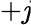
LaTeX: +\mathit{j}